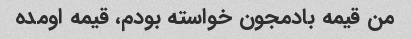
من قیمه بادمجون خواسته بودم، قیمه اومده